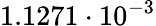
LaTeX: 1.1271\cdot 10^{-3}